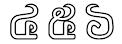
៤៥៦